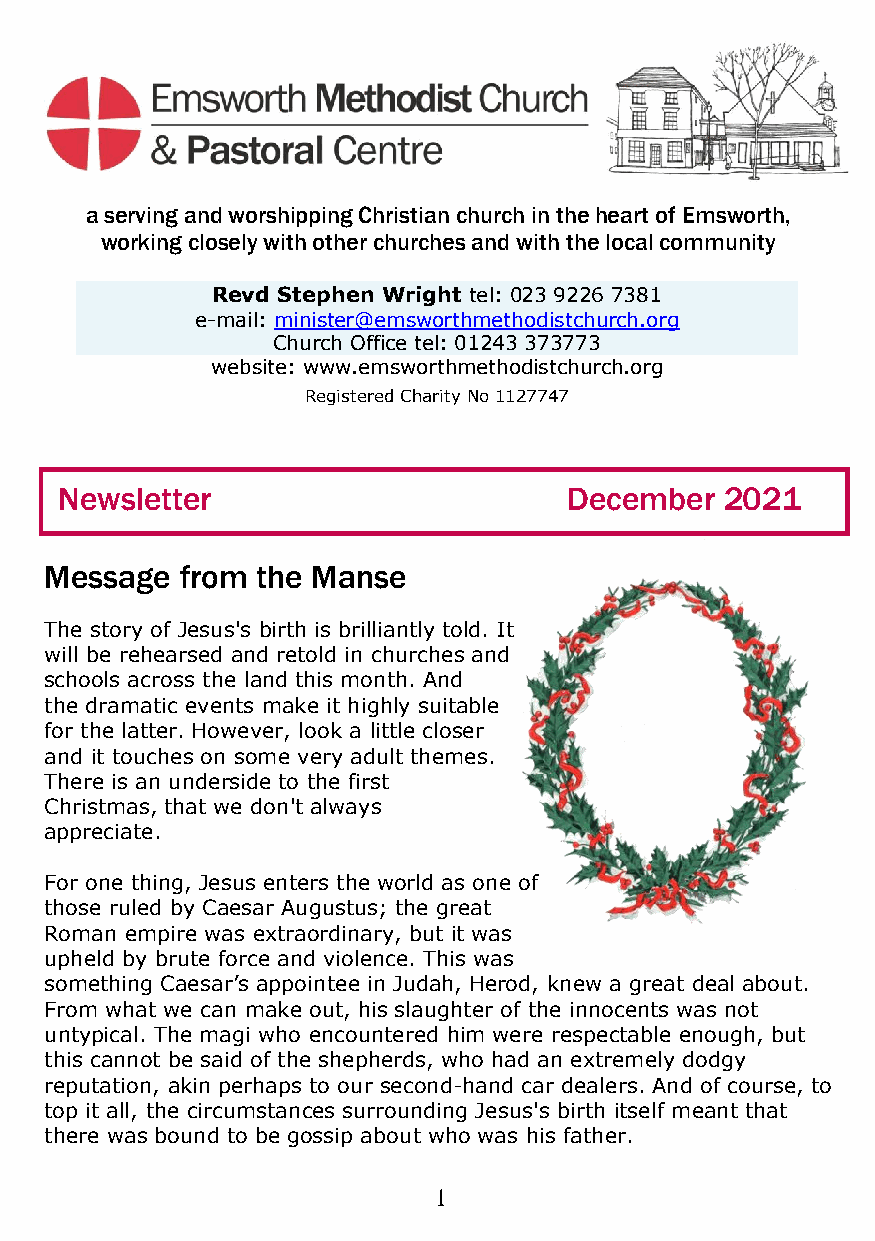
a serving and worshipping Christian church in the heart of Emsworth,
 working closely with other churches and with the local community
 Revd Stephen Wright tel: 023 9226 7381
 e-mail: minister@emsworthmethodistchurch.org
 Church Office tel: 01243 373773
 website: www.emsworthmethodistchurch.org
 Registered Charity No 1127747
 Newsletter                        December  2021
 Message  from the Manse
 The story of Jesus's birth is brilliantly told. It
 will be rehearsed and retold in churches and
 schools across the land this month. And
 the dramatic events make it highly suitable
 for the latter. However, look a little closer
 and it touches on some very adult themes.
 There is an underside to the first
 Christmas, that we don't always
 appreciate.
 For one thing, Jesus enters the world as one of
 those ruled by Caesar Augustus; the great
 Roman empire was extraordinary, but it was
 upheld by brute force and violence. This was
 something Caesar’s appointee in Judah, Herod, knew a great deal about.
 From what we can make out, his slaughter of the innocents was not
 untypical. The magi who encountered him were respectable enough, but
 this cannot be said of the shepherds, who had an extremely dodgy
 reputation, akin perhaps to our second-hand car dealers. And of course, to
 top it all, the circumstances surrounding Jesus's birth itself meant that
 there was bound to be gossip about who was his father.
 1